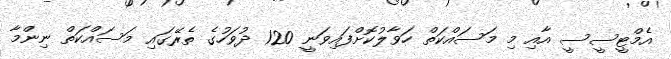
އެމްޓީސީސީ އާއި މި މަސައްކަތް ހަވާލުކޮށްފައިވަނީ 120 ދުވަހުގެ ތެރޭގައި މަސައްކަތް ނިންމާ